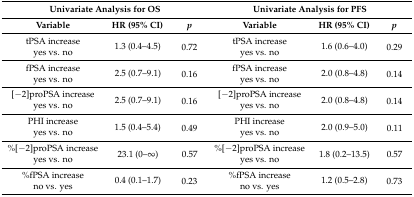
<table><thead><tr><td colspan="3"><b>Univariate Analysis for OS</b></td><td colspan="3"><b>Univariate Analysis for PFS</b></td></tr><tr><td><b>Variable</b></td><td><b>HR (95% CI)</b></td><td><b><i>p</i></b></td><td><b>Variable</b></td><td><b>HR (95% CI)</b></td><td><b><i>p</i></b></td></tr></thead><tbody><tr><td>tPSA increase</td><td rowspan="2">1.3 (0.4–4.5)</td><td rowspan="2">0.72</td><td>tPSA increase</td><td rowspan="2">1.6 (0.6–4.0)</td><td rowspan="2">0.29</td></tr><tr><td>yes vs. no</td><td>yes vs. no</td></tr><tr><td>fPSA increase</td><td rowspan="2">2.5 (0.7–9.1)</td><td rowspan="2">0.16</td><td>fPSA increase</td><td rowspan="2">2.0 (0.8–4.8)</td><td rowspan="2">0.14</td></tr><tr><td>yes vs. no</td><td>yes vs. no</td></tr><tr><td>[−2]proPSA increase</td><td rowspan="2">2.5 (0.7–9.1)</td><td rowspan="2">0.16</td><td>[−2]proPSA increase</td><td rowspan="2">2.0 (0.8–4.8)</td><td rowspan="2">0.14</td></tr><tr><td>yes vs. no</td><td>yes vs. no</td></tr><tr><td>PHI increase</td><td rowspan="2">1.5 (0.4–5.4)</td><td rowspan="2">0.49</td><td>PHI increase</td><td rowspan="2">2.0 (0.9–5.0)</td><td rowspan="2">0.11</td></tr><tr><td>yes vs. no</td><td>yes vs. no</td></tr><tr><td>%[−2]proPSA increase</td><td rowspan="2">23.1 (0–∞)</td><td rowspan="2">0.57</td><td>%[−2]proPSA increase</td><td rowspan="2">1.8 (0.2–13.5)</td><td rowspan="2">0.57</td></tr><tr><td>yes vs. no</td><td>yes vs. no</td></tr><tr><td>%fPSA increase</td><td rowspan="2">0.4 (0.1–1.7)</td><td rowspan="2">0.23</td><td>%fPSA increase</td><td rowspan="2">1.2 (0.5–2.8)</td><td rowspan="2">0.73</td></tr><tr><td>no vs. yes</td><td>no vs. yes</td></tr></tbody></table>